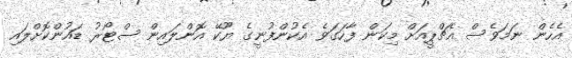
އެހެން ނަމަވެސް އެޗްޕީއަށް މިކަން ފާހަގަވެ އެކުންފުނީގެ ޔޫކޭ އޮންލައިން ސްޓޯރު ޑައުންކޮށްލައި